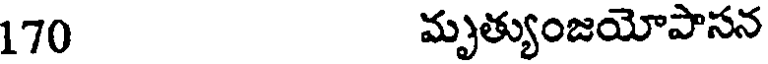
170 మృత్యుంజయోపాసన